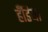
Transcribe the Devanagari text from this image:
हँडिया